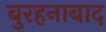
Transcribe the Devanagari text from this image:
बुरहनाबाद